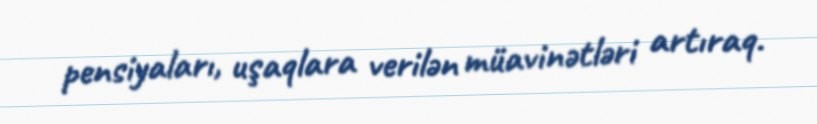
pensiyaları, uşaqlara verilən müavinətləri artıraq.